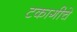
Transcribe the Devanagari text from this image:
टकागीचे